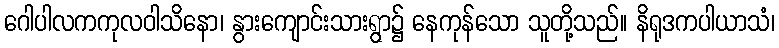
ဂေါပါလကကုလဝါသိနော၊ နွားကျောင်းသားရွာ၌ နေကုန်သော သူတို့သည်။ နိရုဒကပါယာသံ၊